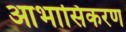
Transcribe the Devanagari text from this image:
आभासिकरण